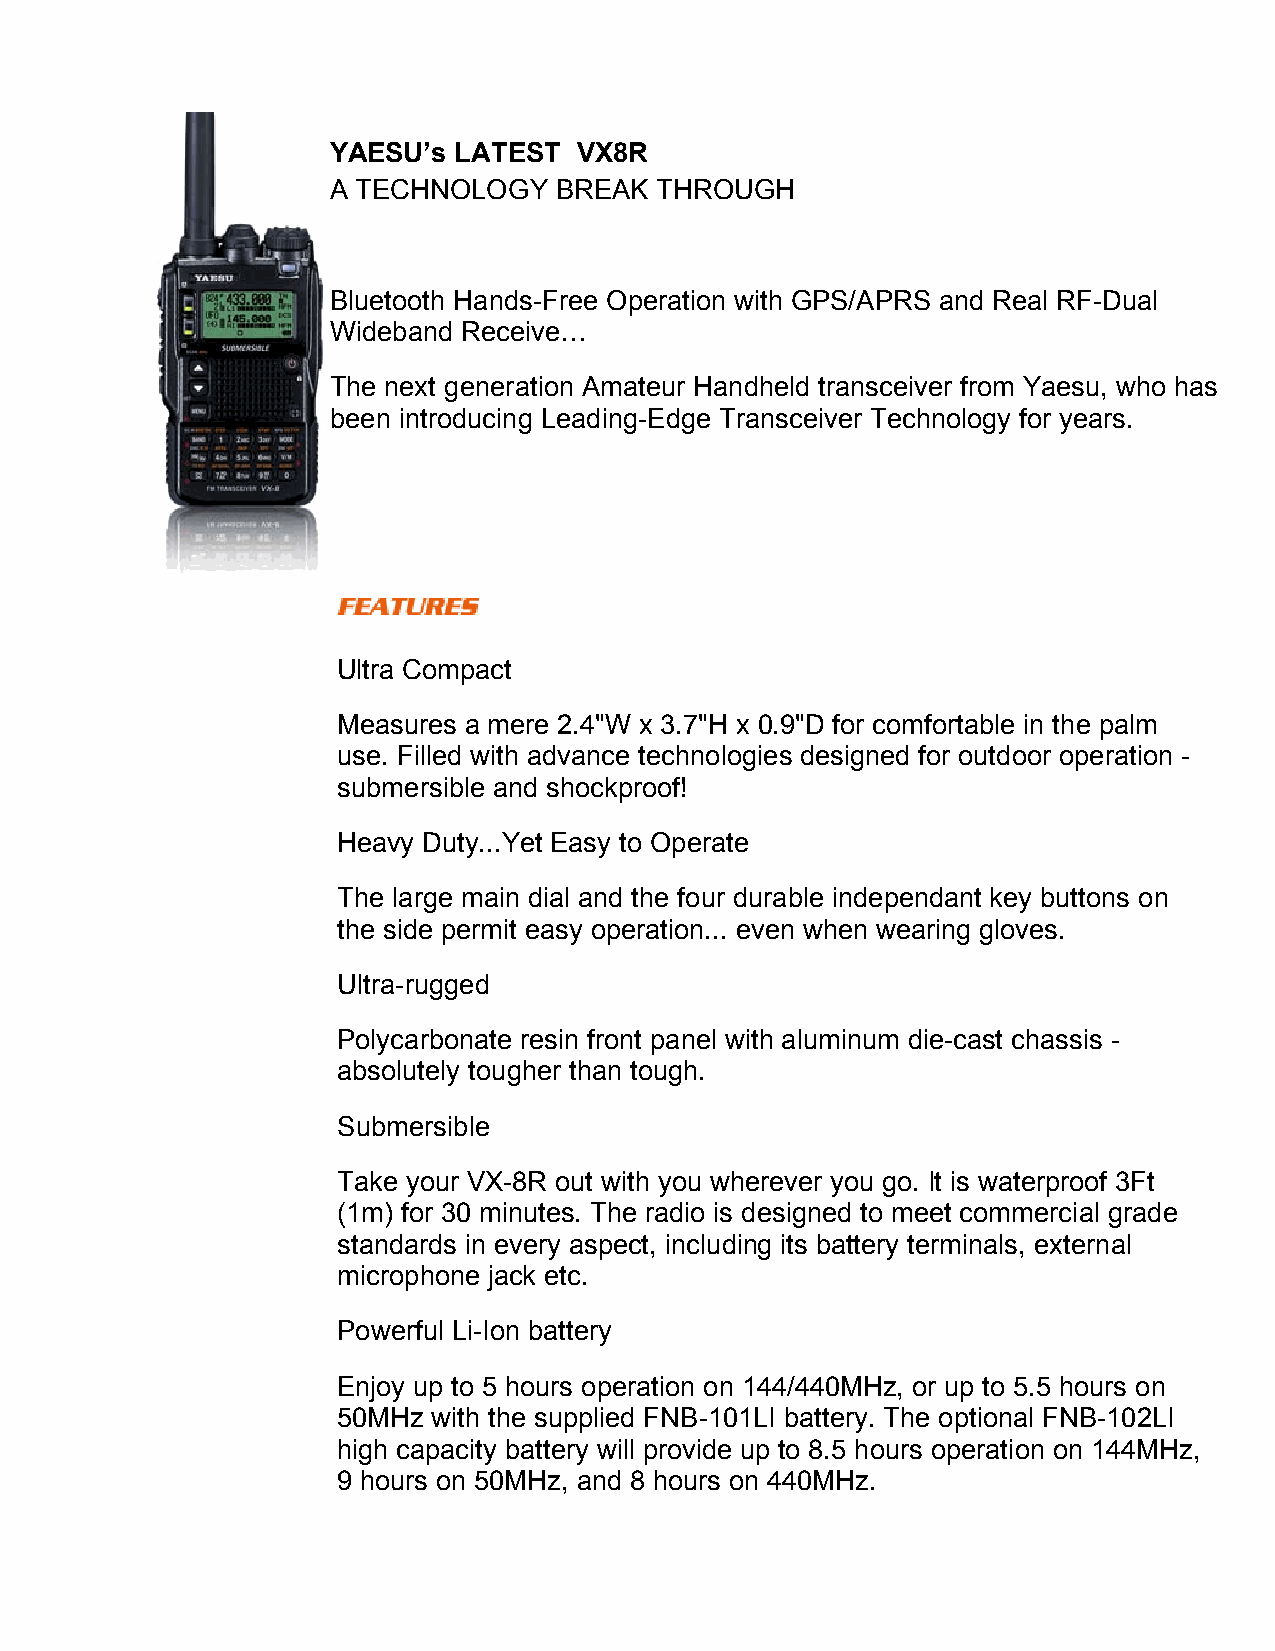
YAESU’s LATEST  VX8R
 A TECHNOLOGY   BREAK THROUGH
 Bluetooth Hands-Free Operation with GPS/APRS and Real RF-Dual
 Wideband Receive…
 The next generation Amateur Handheld transceiver from Yaesu, who has
 been introducing Leading-Edge Transceiver Technology for years.
 Ultra Compact
 Measures a mere 2.4"W x 3.7"H x 0.9"D for comfortable in the palm
 use. Filled with advance technologies designed for outdoor operation -
 submersible and shockproof!
 Heavy Duty...Yet Easy to Operate
 The large main dial and the four durable independant key buttons on
 the side permit easy operation... even when wearing gloves.
 Ultra-rugged
 Polycarbonate resin front panel with aluminum die-cast chassis -
 absolutely tougher than tough.
 Submersible
 Take your VX-8R out with you wherever you go. It is waterproof 3Ft
 (1m) for 30 minutes. The radio is designed to meet commercial grade
 standards in every aspect, including its battery terminals, external
 microphone jack etc.
 Powerful Li-Ion battery
 Enjoy up to 5 hours operation on 144/440MHz, or up to 5.5 hours on
 50MHz  with the supplied FNB-101LI battery. The optional FNB-102LI
 high capacity battery will provide up to 8.5 hours operation on 144MHz,
 9 hours on 50MHz, and 8 hours on 440MHz.